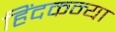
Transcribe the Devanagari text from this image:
हिंदकन्या